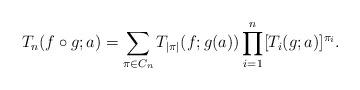
LaTeX: \begin{align*}T_n(f \circ g;a) = \sum_{\pi \in C_n} T_{\vert \pi \vert}(f;g(a)) \prod_{i=1}^n [T_i(g;a)]^{\pi_i}.\end{align*}